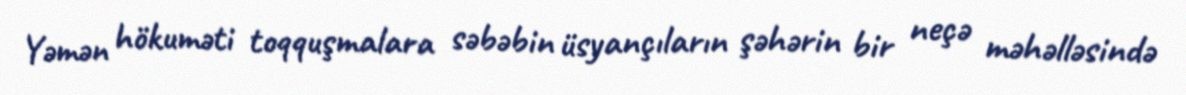
Yəmən hökuməti toqquşmalara səbəbin üsyançıların şəhərin bir neçə məhəlləsində